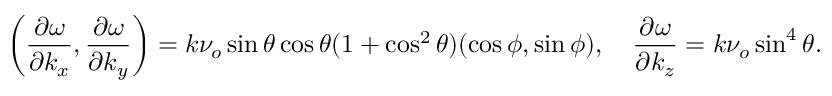
\left( \frac { \partial \omega } { \partial k _ { x } } , \frac { \partial \omega } { \partial k _ { y } } \right) = k \nu _ { o } \sin \theta \cos \theta ( 1 + \cos ^ { 2 } \theta ) ( \cos \phi , \sin \phi ) , \quad \frac { \partial \omega } { \partial k _ { z } } = k \nu _ { o } \sin ^ { 4 } \theta .